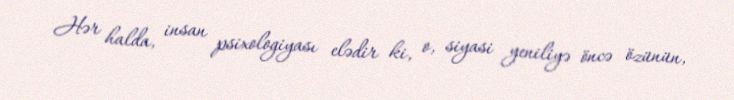
Hər halda, insan psixologiyası elədir ki, o, siyasi yeniliyə öncə özünün,